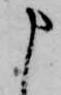
申